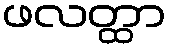
ဖလတ္ထာ